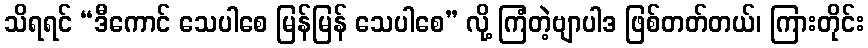
သိရရင် “ဒီကောင် သေပါစေ မြန်မြန် သေပါစေ” လို့ ကြံတဲ့ဗျာပါဒ ဖြစ်တတ်တယ်၊ ကြားတိုင်း